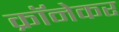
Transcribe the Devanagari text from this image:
क्रॉनेकर